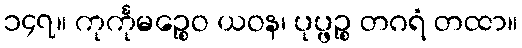
၁၄၇။ ကုင်္ကုမဉ္စေဝ ယဝန၊ ပုပ္ဖဉ္စ တဂရံ တထာ။